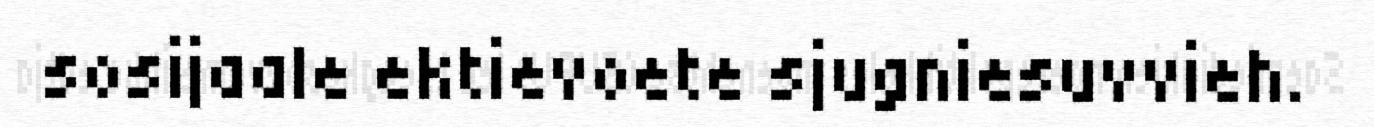
sosijaale ektievoete sjugniesuvvieh.